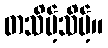
တသိမ့်သိမ့်။